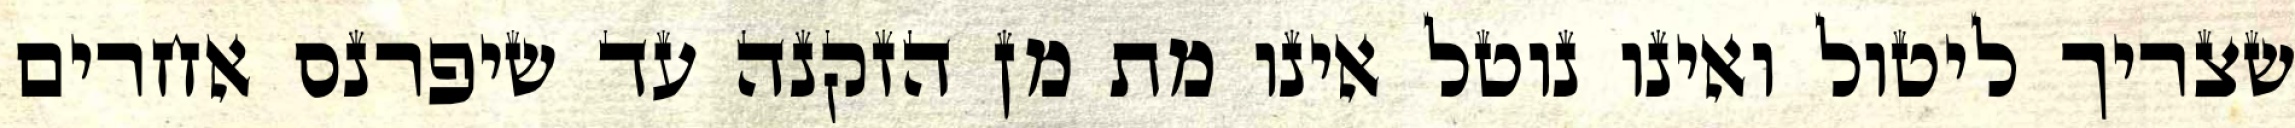
שצריך ליטול ואינו נוטל אינו מת מן הזקנה עד שיפרנס אחרים